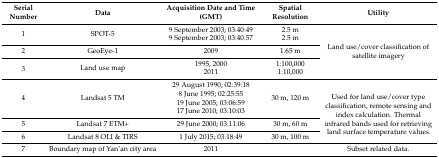
<table><thead><tr><td><b>Serial Number</b></td><td><b>Data</b></td><td><b>Acquisition Date and Time (GMT)</b></td><td><b>Spatial Resolution</b></td><td><b>Utility</b></td></tr></thead><tbody><tr><td>1</td><td>SPOT-5</td><td>9 September 2003; 03:40:499 September 2003; 03:40:57</td><td>2.5 m2.5 m</td><td rowspan="4">Land use/cover classification of satellite imagery</td></tr><tr><td>2</td><td>GeoEye-1</td><td>2009</td><td>1.65 m</td></tr><tr><td rowspan="2">3</td><td rowspan="2">Land use map</td><td>1995, 2000</td><td>1:100,000</td></tr><tr><td>2011</td><td>1:10,000</td></tr><tr><td>4</td><td>Landsat 5 TM</td><td>29 August 1990; 02:39:188 June 1995; 02:25:5519 June 2005; 03:06:5917 June 2010; 03:10:03</td><td>30 m, 120 m</td><td rowspan="3">Used for land use/cover type classification, remote sensing and index calculation. Thermal infrared bands used for retrieving land surface temperature values.</td></tr><tr><td>5</td><td>Landsat 7 ETM+</td><td>29 June 2000; 03:11:06</td><td>30 m, 60 m</td></tr><tr><td>6</td><td>Landsat 8 OLI &amp; TIRS</td><td>1 July 2015; 03:18:49</td><td>30 m, 100 m</td></tr><tr><td>7</td><td>Boundary map of Yan’an city area</td><td>2011</td><td></td><td>Subset related data.</td></tr></tbody></table>